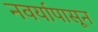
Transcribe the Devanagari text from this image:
नवर्यापासून